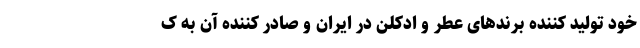
خود تولید کننده برندهای عطر و ادکلن در ایران و صادر کننده آن به ک